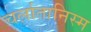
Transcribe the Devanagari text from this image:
चर्लातानिस्म